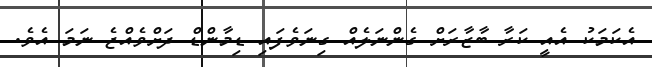
އެކަމަކު އެއީ ކަރާ ބާޒާރަށް ގެންނަލެއް ގިނަވެފައި ޑިމާންޑް ދަށްވެއްޖެ ނަމަ އެވެ.